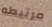
مرتبطه